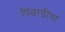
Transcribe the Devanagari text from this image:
पिछाडीचा